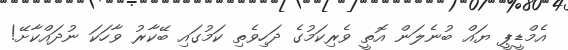
އެމްޑީޕީ ޔައް ބުނެލަން އޮތީ ވެރިކަމުގެ ދަހިވެތި ކަމުގައި ބޭކާރު ވާހަކަ ނުދައްކާށޭ!